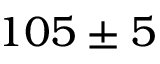
1 0 5 \pm 5